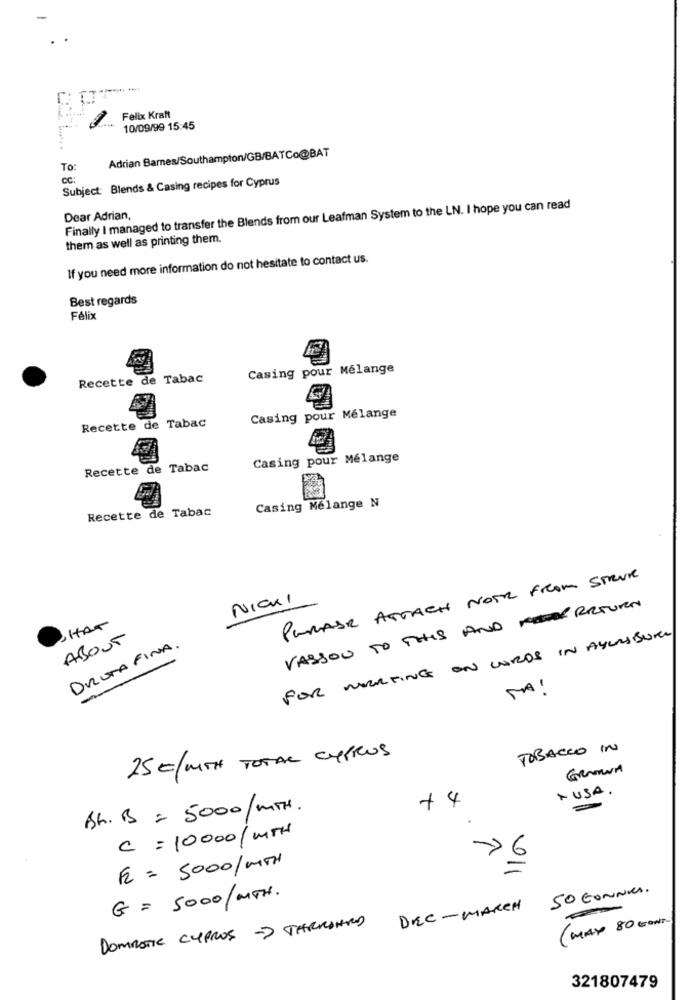
-
-
Felix Kraft
10/09/99 15:45
Adrian Barnes/Southampton/GB/BATCo@BAT
To:
CC:
Subject: Blends & Casing recipes for Cyprus
Finally I managed to transfer the Blends from our Leafman System to the LN. I hope you can read
Dear Adrian,
them as well as printing them.
If you need more information do not hesitate to contact us.
Best regards
Félix
Casing pour Mélange
Recette de Tabac
G
Tabac
Casing pour Mélange
Recette de
Casing pour Mélange
Recette de Tabac
Recette de Tabac
Casing Mélange N
PUMASR ATTACH NOTE From STRUK
NICKI
VASSOU TO THIS AND RETURN
ABOUT
DRUTA FINA.
FOR WORKING ON WORDS IN AYLESBURY
MA!
TOBACCO IN
25 €/MITH TOTAL CYPRUS
A USA.
+4
AL. B = 5000/MTH.
.
C = 10000/ MTH
F = 5000/MTH
0/1
50 CONNUS.
G = 5000/MTH.
DEC - MARCH
DOMESTIC CYPROS -> TARRANTOD
( MAX 80 CONT.
321807479